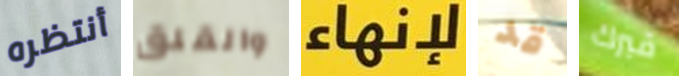
أنتظره والقلق لإنهاء قد قبرك